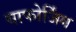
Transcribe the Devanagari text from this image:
याफोर्जिंग